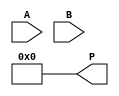
module booth_multiplier(
  input [3:0] A,
  input [3:0] B,
  output reg [7:0] P
);

reg [3:0] M, Q;
reg [1:0] count;
reg previous_bit;

always @ (A,B)
begin
  M <= A;
  Q <= B;
  P <= 0;
  count <= 0;
  previous_bit <= 0;
end

always @ (*)
begin
  if(count < 4)
  begin
    if(Q[0] == 0 && previous_bit == 1)
    begin
      M <= M + A;
    end
    else if(Q[0] == 1 && previous_bit == 0)
    begin
      M <= M - A;
    end
    
    if(Q[0] == 1)
    begin
      P <= P + M;
    end
    
    previous_bit <= Q[0];
    Q <= {Q[2:0], Q[3]}; // shift right
    count <= count + 1;
  end
end

endmodule